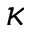
\kappa